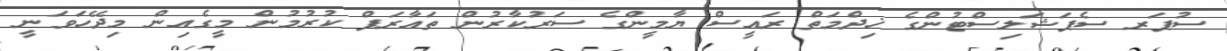
ސުޕަރ ސެޕަޝަލިސްޓުންގެ ޚިދްމަތް ރައީސް ޔާމީންގެ ސަރުކާރުން ތައާރަފް ކުރުމުން މީގެއިން މިދޭހަވަނީ